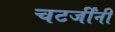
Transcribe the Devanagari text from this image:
चटर्जींनी